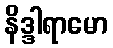
နိဒ္ဒါရာမော